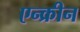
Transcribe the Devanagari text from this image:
एन्क्रीन